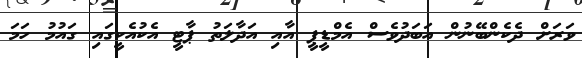
ވަރަށް ދެކެންބޭނުން އަބަދުވެސް އެމްޑީޕީ އާއި އަދާލަތު ޕާޓީ އެކުއެކީގައި ގައުމު ހަމަ